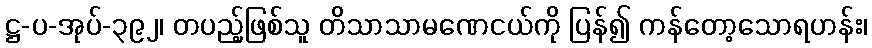
ဋ္ဌ-ပ-အုပ်-၃၉၂၊ တပည့်ဖြစ်သူ တိသာသာမဏေငယ်ကို ပြန်၍ ကန်တော့သောရဟန်း၊